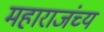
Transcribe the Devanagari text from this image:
महाराजंच्य